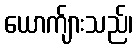
ယောက်ျားသည်၊